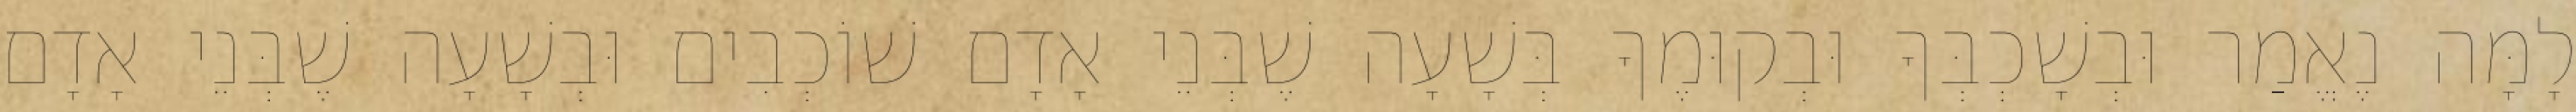
לָמָּה נֶאֱמַר וּבְשָׁכְבְּךָ וּבְקוּמֶךָ בְּשָׁעָה שֶׁבְּנֵי אָדָם שׁוֹכְבִים וּבְשָׁעָה שֶׁבְּנֵי אָדָם